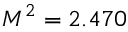
M ^ { 2 } = 2 . 4 7 0